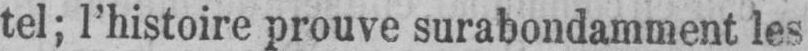
tel; l’histoire prouve surabondamment les